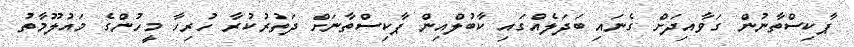
ޕާކިސްތާނުން ގަވާއިދަށް ގެނައި ބަދަލެއްގައި ކާބުލްއިން ޕާކިސްތާނަށް ދަތުރުކުރާ ހުރިހާ މީހުންގެ މައުލޫމާތު